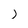
Character: 1